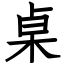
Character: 桌